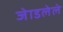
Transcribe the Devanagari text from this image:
जेाडलेले